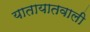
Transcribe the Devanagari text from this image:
यातायातवाली